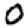
Digit: 0